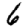
Digit: 6